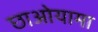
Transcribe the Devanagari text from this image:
छाओयामा